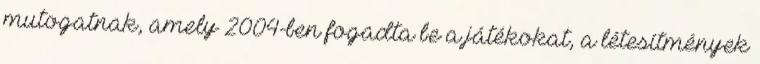
mutogatnak, amely 2004-ben fogadta be a játékokat, a létesítmények